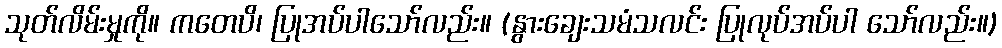
သုတ်လိမ်းမှုကို။ ကတေပိ၊ ပြုအပ်ပါသော်လည်း။ (နွားချေးသမံသလင်း ပြုလုပ်အပ်ပါ သော်လည်း။)